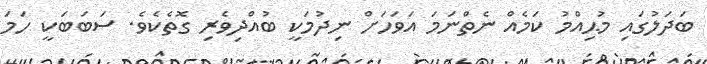
ބަދަލުގައި މުޙިއްމު ކަމެއް ނެތްނަމަ އަވަހަށް ނިދުމަކީ ބުއްދިވެރި ގޮތެކެވެ. ސަބަބަކީ ހަމަ